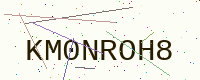
Text: KM0NROH8